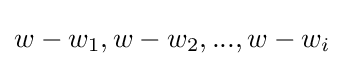
w-w_{1},w-w_{2},...,w-w_{i}